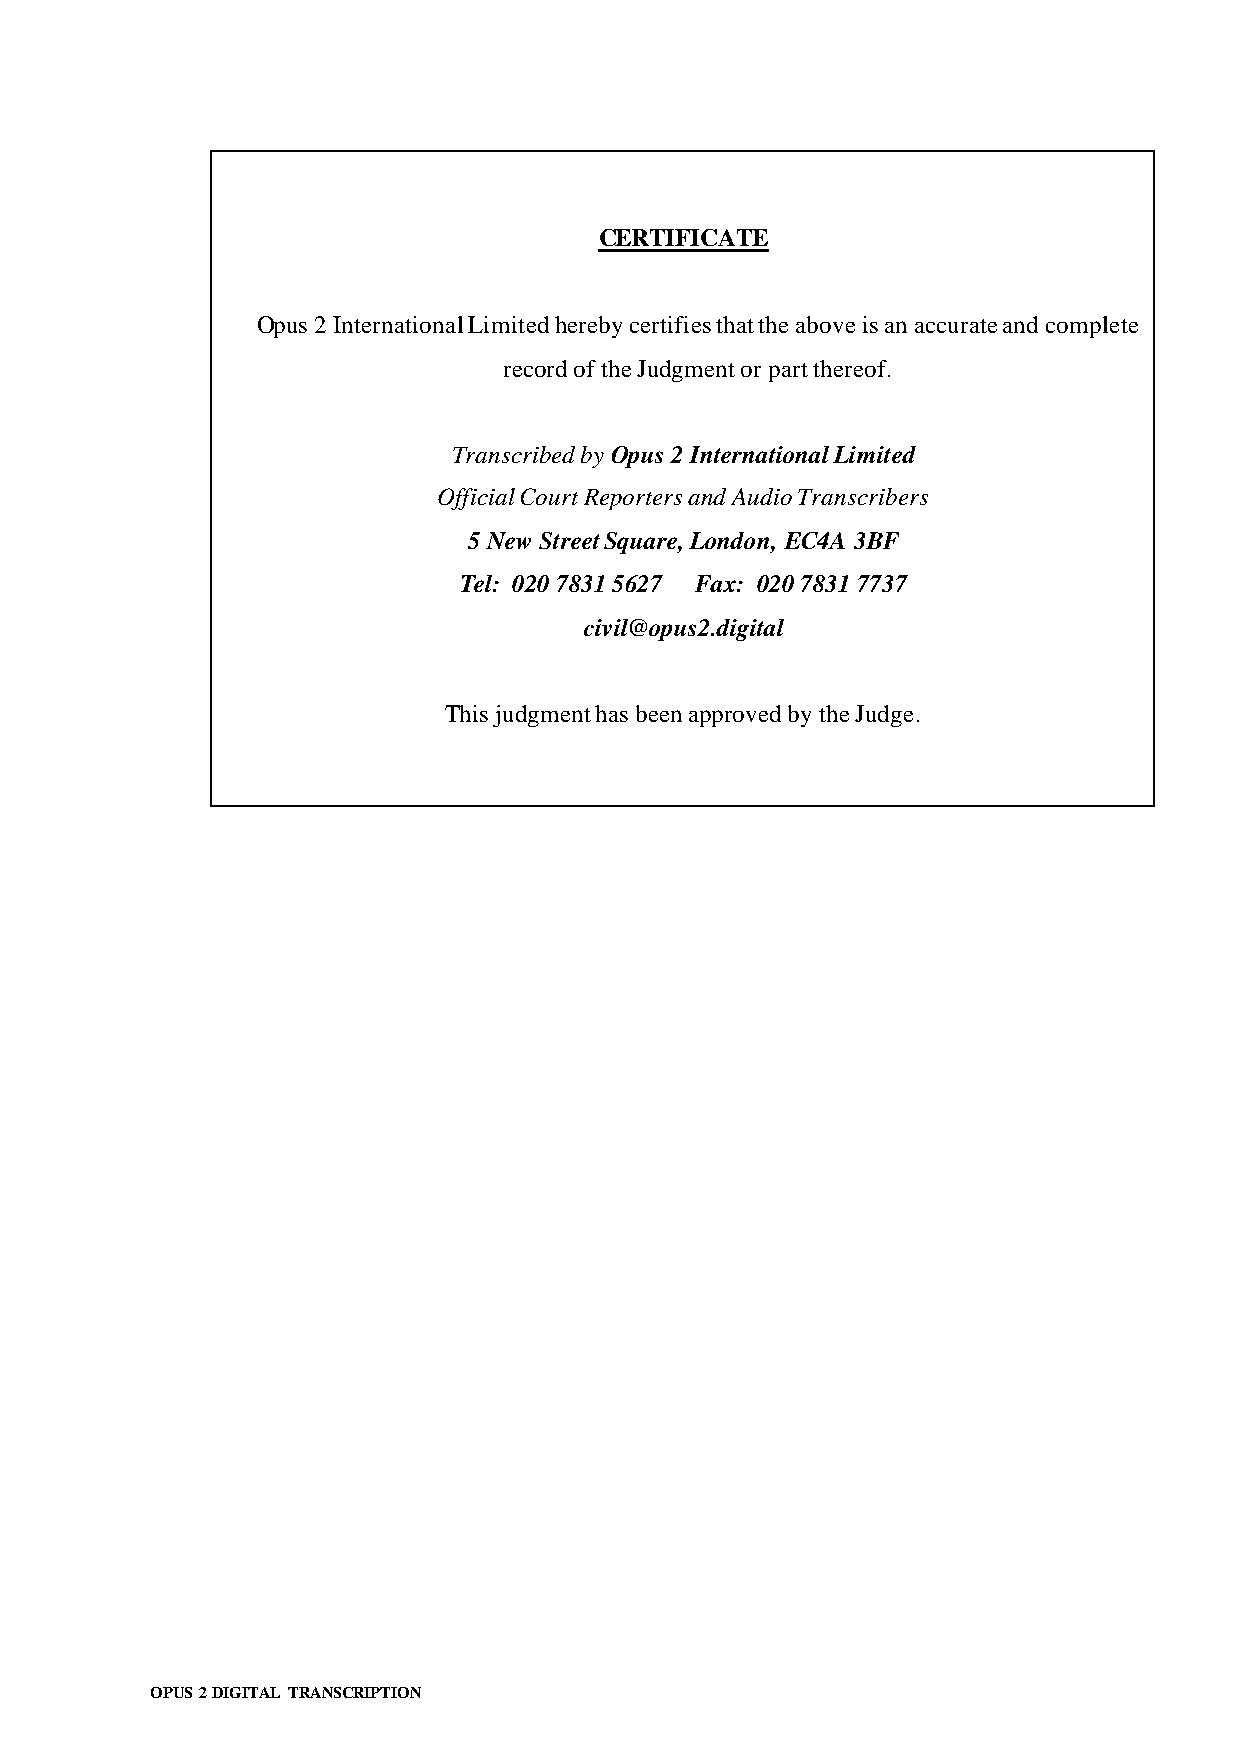
CERTIFICATE
 Opus 2 International Limited hereby certifies that the above is an accurate and complete
 record of the Judgment or part thereof.
 Transcribed by Opus 2 International Limited
 Official Court Reporters and Audio Transcribers
 5 New Street Square, London, EC4A 3BF
 Tel: 020 7831 5627 Fax: 020 7831 7737
 civil@opus2.digital
 This judgment has been approved by the Judge.
 OPUS 2 DIGITAL TRANSCRIPTION